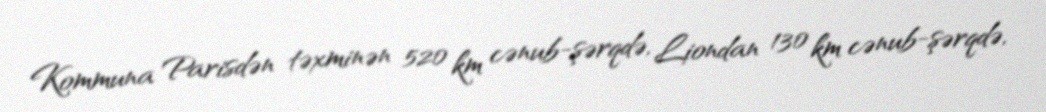
Kommuna Parisdən təxminən 520 km cənub-şərqdə, Liondan 130 km cənub-şərqdə,